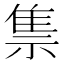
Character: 𰨇